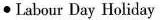
∙ Iabour Day Holiday